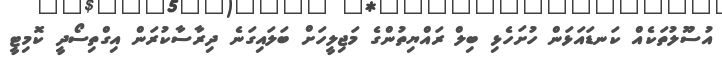
އުސޫލުތަކެއް ކަނޑައަޅަން ހުށަހެޅި ބިލް ރައްޔިތުންގެ މަޖިލީހަށް ބަލައިގަނެ ދިިރާސާކުރަން އިގްތިސޯދީ ކޮމިޓީ